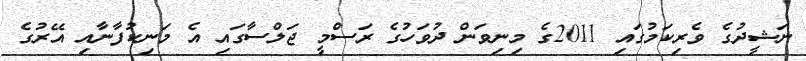
ނަޝީދުގެ ވެރިކަމުގައި 2011ގެ މިނިވަން ދުވަހުގެ ރަސްމީ ޖަލްސާގައި އެ މަނިކުުފާނާއި އޭރުގެ